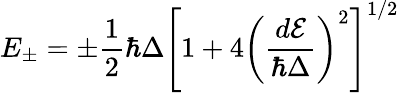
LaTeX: E_{\pm}=\pm\frac{1}{2}\hbar\Delta\left[1+4\left(\frac{d\mathcal{E}}{\hbar\Delta}\right)^{2}\right]^{1/2}